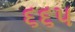
૬૬૫